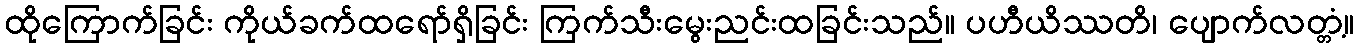
ထိုကြောက်ခြင်း ကိုယ်ခက်ထရော်ရှိခြင်း ကြက်သီးမွေးညင်းထခြင်းသည်။ ပဟီယိဿတိ၊ ပျောက်လတ္တံ့။